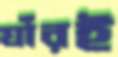
যাঁরই